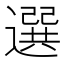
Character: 選